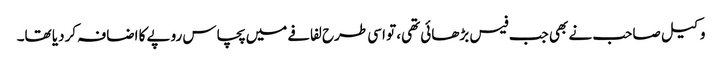
وکیل صاحب نے بھی جب فیس بڑھائی تھی، تو اسی طرح لفافے میں پچاس روپے کا اضافہ کردیا تھا۔